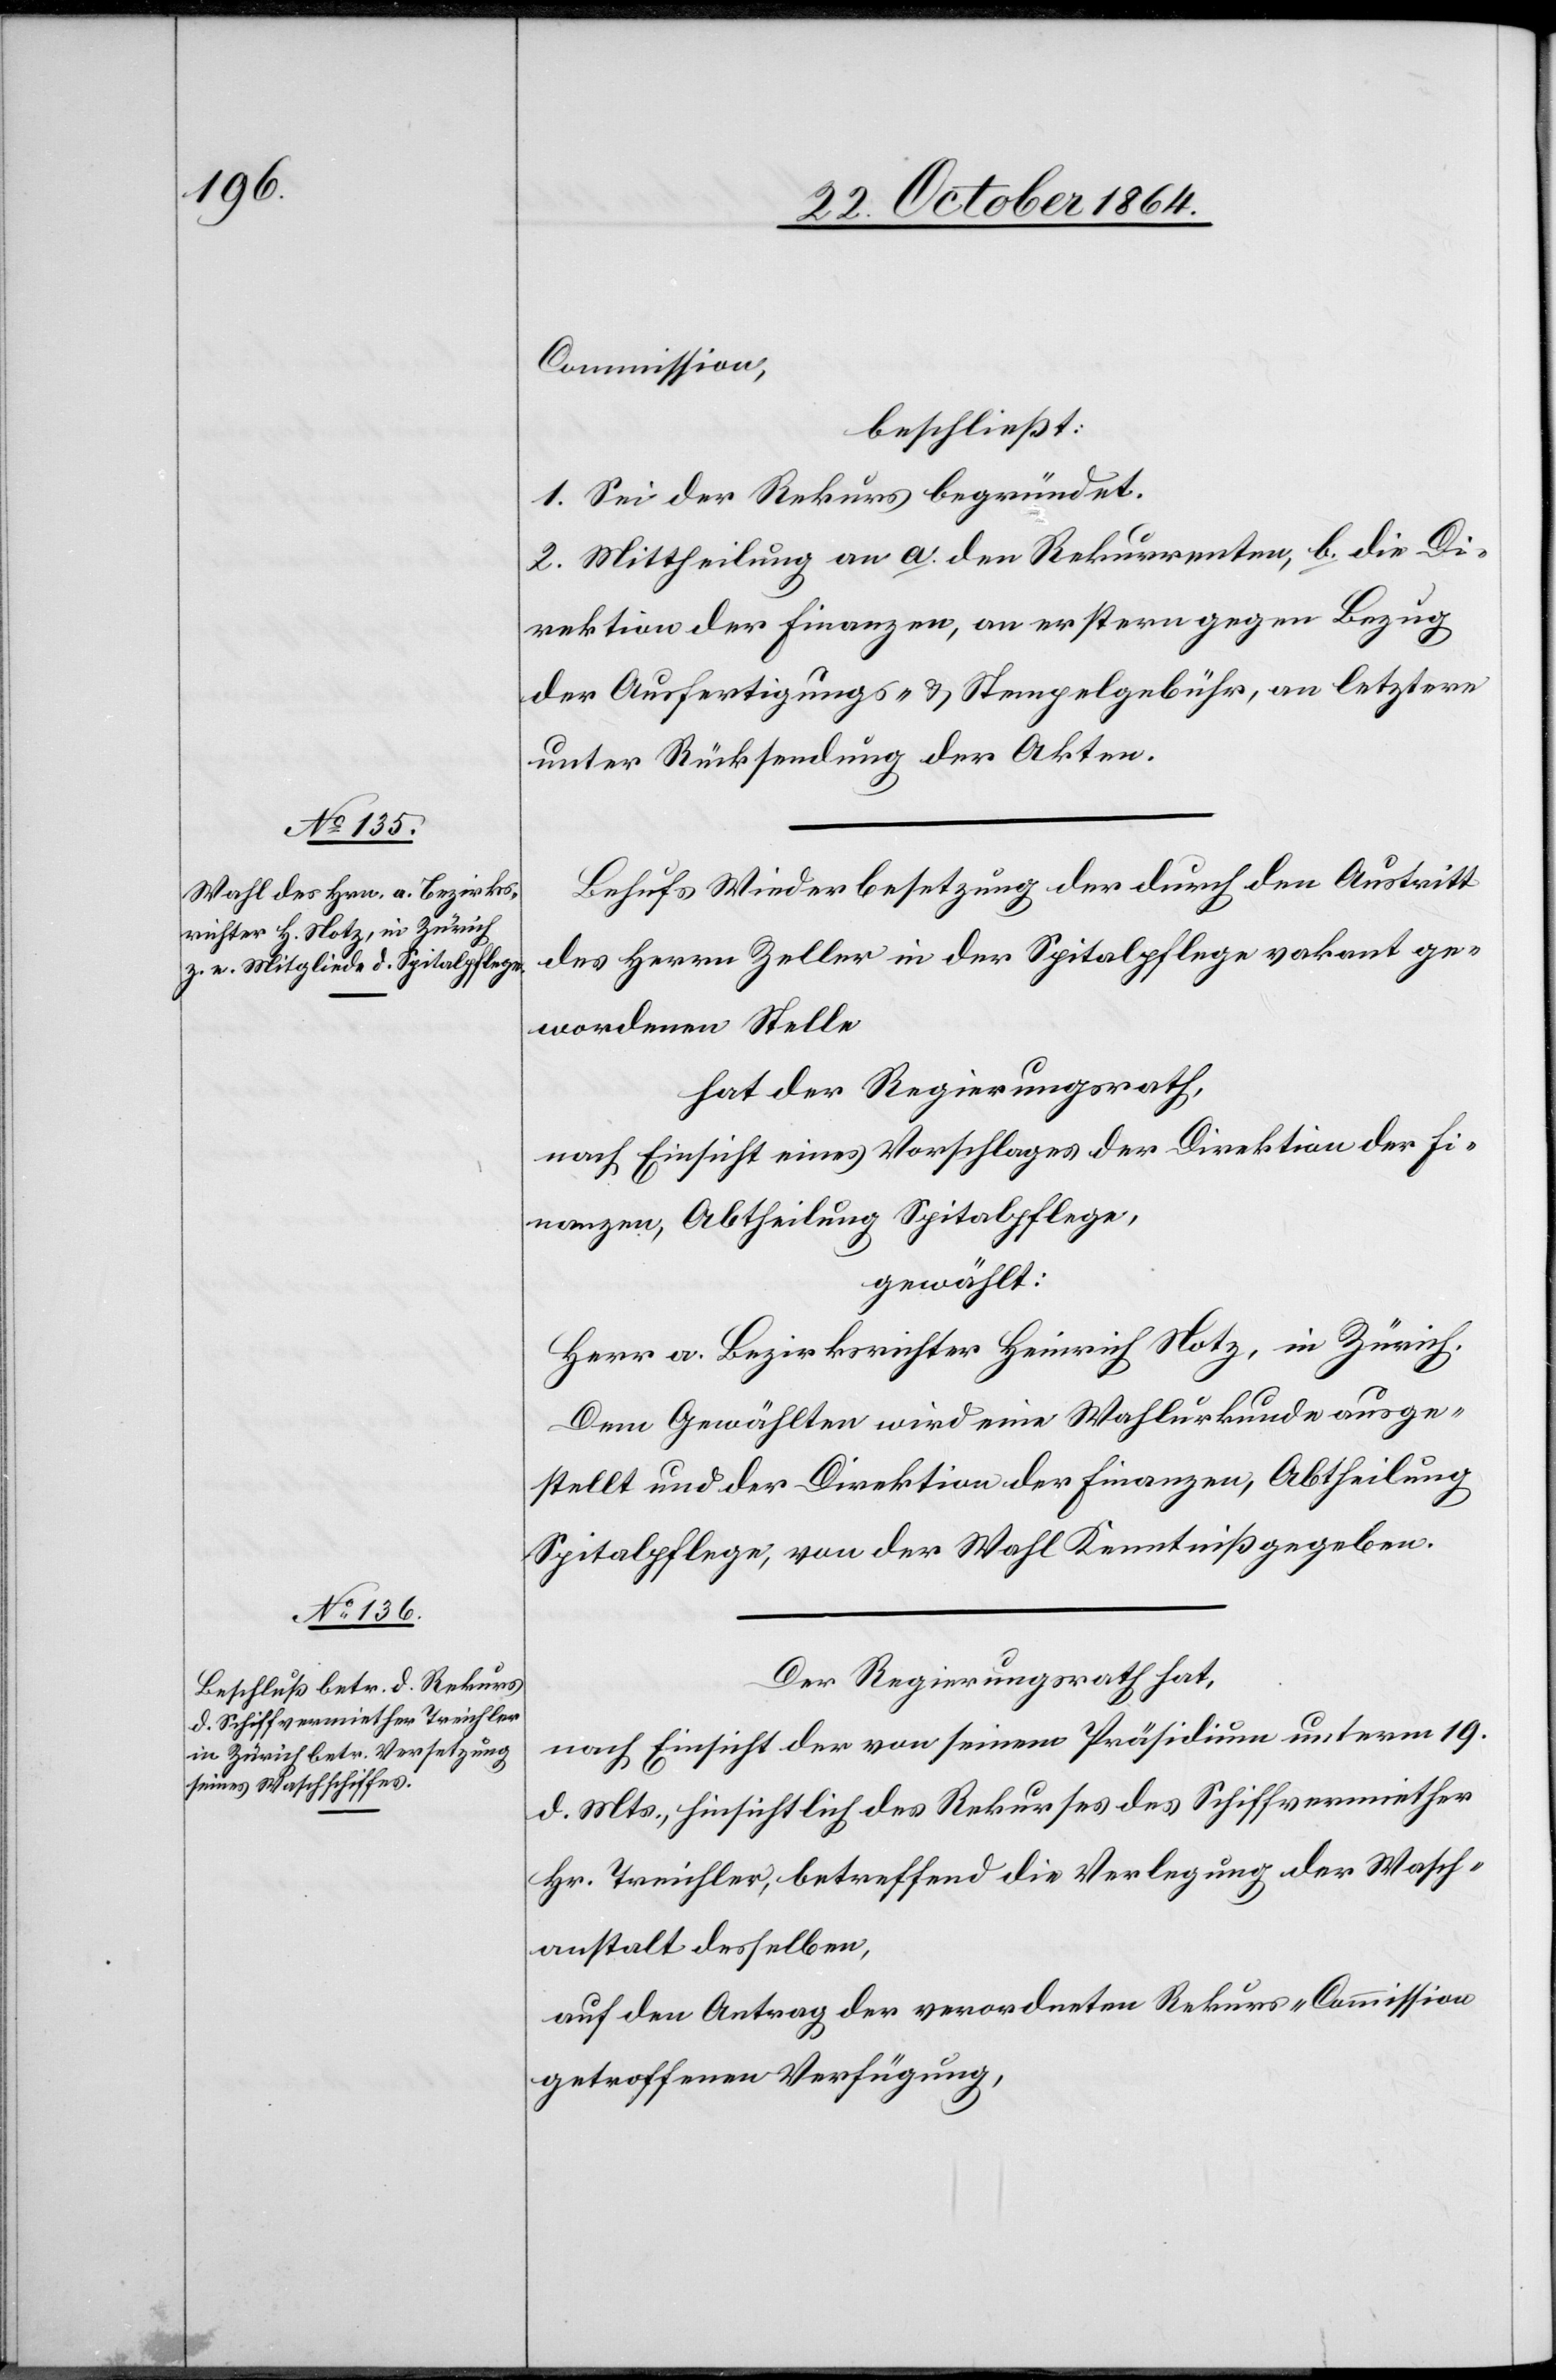
nanzen,

Commission,
beschließt:
1. Sei der Rekurs begründet.
2. Mittheilung an a. den Rekurrenten, b. die Di¬
rektion der Finanzen, an erstern gegen Bezug
der Ausfertigungs- & Stempelgebühr, an letztere
unter Rücksendung der Akten.
Behufs Wiederbesetzung der durch den Austritt
des Herrn Zeller in der Spitalpflege vakant ge¬
wordenen Stelle
hat der Regierungsrath,
nach Einsicht eines Vorschlages der Direktion der Fi¬
gewählt:
Herr a. Bezirksrichter Heinrich Hotz, in Zürich.
Dem Gewählten wird eine Wahlurkunde ausge¬
stellt und der Direktion der Finanzen, Abtheilung
Spitalpflege, von der Wahl Kenntniß gegeben.
Der Regierungsrath hat,
nach Einsicht der von seinem Präsidium unterm 19.
d. Mts., hinsichtlich des Rekurses des Schiffsvermiether
Hr. Treichler, betreffend die Verlegung der Wasch¬
anstalt desselben,
auf den Antrag der verordneten Rekurs-Commission
getroffenen Verfügung,